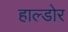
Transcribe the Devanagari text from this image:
हाल्डोर